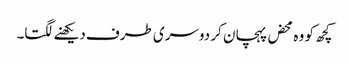
کچھ کو وہ محض پہچان کر دوسری طرف دیکھنے لگتا۔